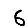
Digit: 6